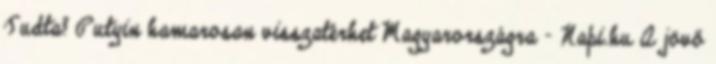
Tudta? Putyin hamarosan visszatérhet Magyarországra - Napi.hu A jövő